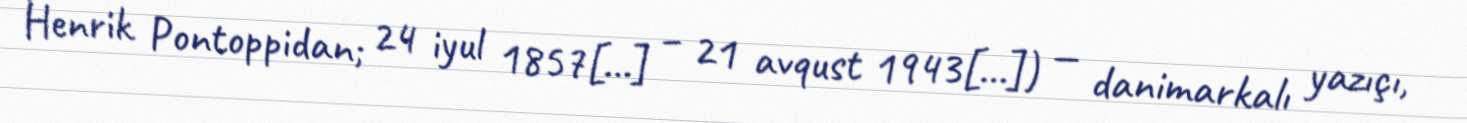
Henrik Pontoppidan; 24 iyul 1857[…] – 21 avqust 1943[…]) — danimarkalı yazıçı,